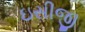
ઇસીજી